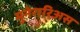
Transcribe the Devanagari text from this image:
मुनेरारिअस